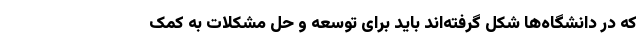
که در دانشگاه‌ها شکل گرفته‌اند باید برای توسعه و حل مشکلات به کمک